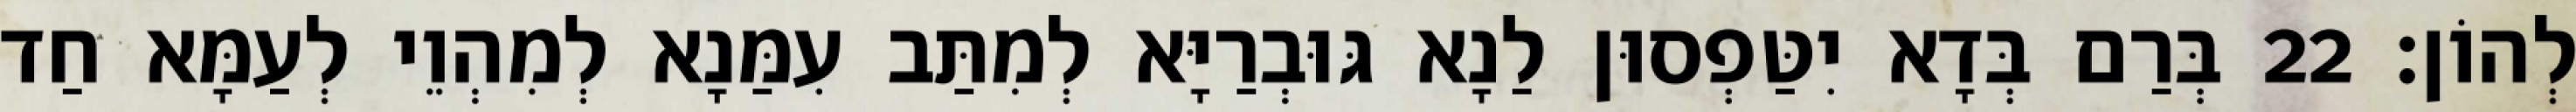
לְהוֹן׃ 22 בְּרַם בְּדָא יִטַּפְסוּן לַנָא גּוּבְרַיָּא לְמִתַּב עִמַּנָא לְמִהְוֵי לְעַמָּא חַד